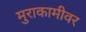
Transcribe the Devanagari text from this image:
मुराकामीवर